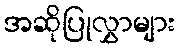
အဆိုပြုလွှာများ